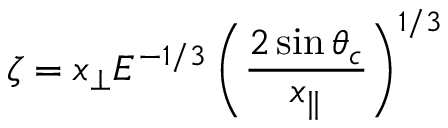
\zeta = x _ { \perp } E ^ { - 1 / 3 } \left( \frac { 2 \sin \theta _ { c } } { x _ { \parallel } } \right) ^ { 1 / 3 }